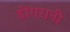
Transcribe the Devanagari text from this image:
डोंगरानी